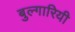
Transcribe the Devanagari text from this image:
बुल्गारियी